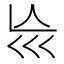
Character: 𡿬